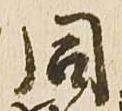
同